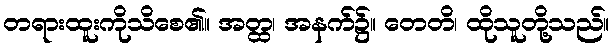
တရားထူးကိုသိစေ၏။ အတ္ထ၊ အနက်၌။ တေတိ၊ ထိုသူတို့သည်။